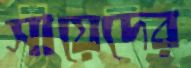
সায়েদের